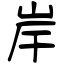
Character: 岸